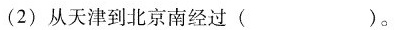
(2)从天津到北京南经过()。